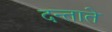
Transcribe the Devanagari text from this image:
दन्ताते